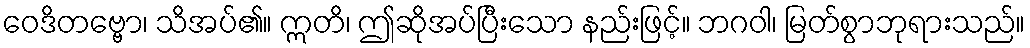
ဝေဒိတဗ္ဗော၊ သိအပ်၏။ ဣတိ၊ ဤဆိုအပ်ပြီးသော နည်းဖြင့်။ ဘဂဝါ၊ မြတ်စွာဘုရားသည်။